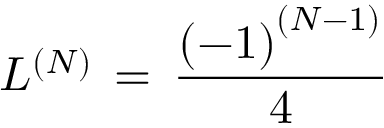
L ^ { \left( N \right) } \, = \, \frac { \left( - 1 \right) ^ { \left( N - 1 \right) } } { 4 }